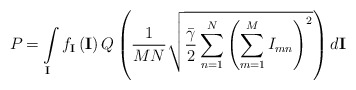
\begin{align*}{{P}_{}}=\int\limits_{\mathbf{I}}{{{f}_{\mathbf{I}}}}\left( \mathbf{I} \right)Q\left( \frac{1}{MN}\sqrt{\frac{{\bar{\gamma }}}{2}\sum\limits_{n=1}^{N}{{{\left( \sum\limits_{m=1}^{M}{{{I}_{mn}}} \right)}^{2}}}} \right)d\mathbf{I}\end{align*}